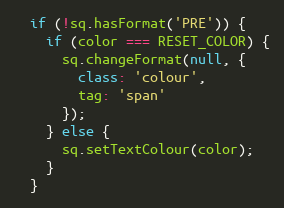
Language: JavaScript
  if (!sq.hasFormat('PRE')) {
    if (color === RESET_COLOR) {
      sq.changeFormat(null, {
        class: 'colour',
        tag: 'span'
      });
    } else {
      sq.setTextColour(color);
    }
  }